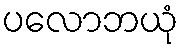
ပလောဘယုံ